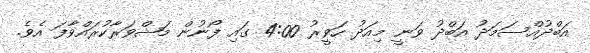
އަބްދުއްސަމަދު އަބްދު ވަނީ މިއަދު ހަވީރު 4:00 ގައި ފޯނުން މަޝްވަރާކުރައްވާފަ އެވެ.